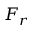
F _ { r }